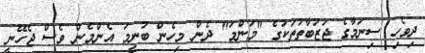
ދިވެހި ސިނަމާގެ ޖަޒުބާތުތަކުގެ "މަންމަ" ދެން މިހެން ބުނީމަ އެންމެން ވެސް ޖެހޭނީ